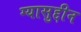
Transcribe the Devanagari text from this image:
ग्यासुद्दीन